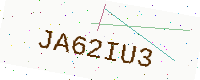
Text: JA62IU3